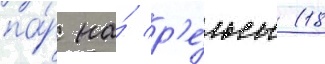
па́р на́ р'е́льсы (18